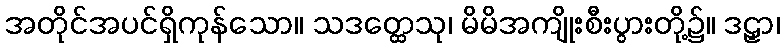
အတိုင်အပင်ရှိကုန်သော။ သဒတ္ထေသု၊ မိမိအကျိုးစီးပွားတို့၌။ ဒဠှာ၊